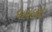
પાપડનો